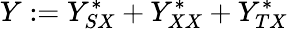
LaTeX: Y:=Y_{SX}^{\ast}+Y_{XX}^{\ast}+Y_{TX}^{\ast}